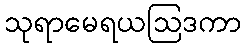
သုရာမေရယဩဒကာ